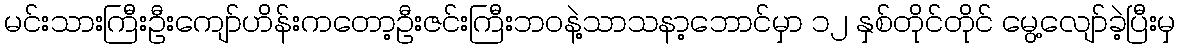
မင်းသားကြီးဦးကျော်ဟိန်းကတော့ဦးဇင်းကြီးဘဝနဲ့သာသနာ့ဘောင်မှာ ၁၂ နှစ်တိုင်တိုင် မွေ့လျော်ခဲ့ပြီးမှ